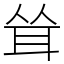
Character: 耸